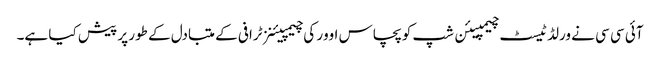
آئی سی سی نے ورلڈ ٹیسٹ چیمپیئن شپ کو پچاس اوور کی چیمپیئنز ٹرافی کے متبادل کے طور پر پیش کیا ہے۔